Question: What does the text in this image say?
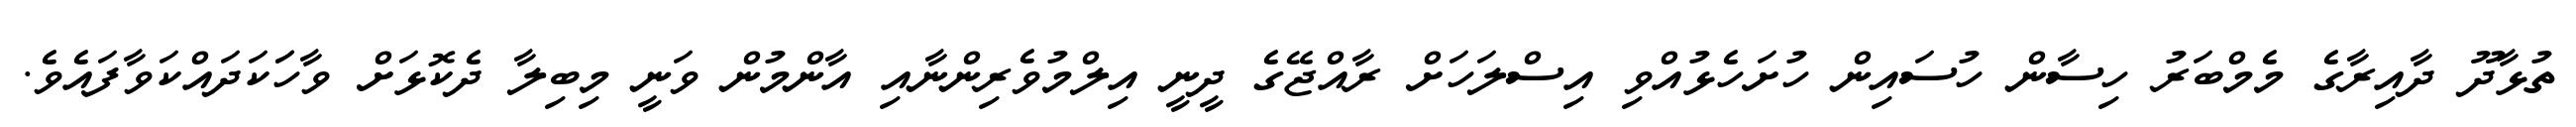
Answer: ތުޅާދޫ ދާއިރާގެ މެމްބަރު ހިސާން ހުސައިން ހުށަހެޅުއްވި އިސްލަހަށް ރާއްޖޭގެ ދީނީ އިލްމުވެރިންނާއި އާންމުން ވަނީ މިބިލާ ދެކޮޅަށް ވާހަަކަދައްކަވާފައެވެ.